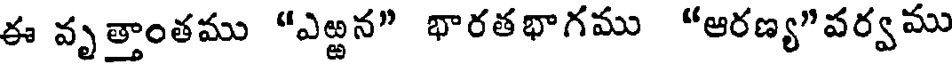
ఈ వృత్తాంతము "ఎఱ్ఱన" భారతభాగము "ఆరణ్య"పర్వము